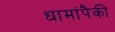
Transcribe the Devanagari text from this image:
धामांपैकी